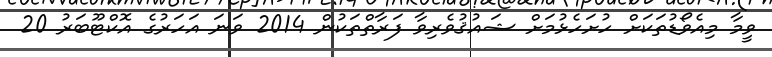
ވީމާ މިއެވޯޑުތަކަށް ހުށަހެޅުމަށް ޝައުޤުވެރިވާ ފަރާތްތަކުން 2014 ވަނަ އަހަރުގެ އޮކްޓޫބަރު 20